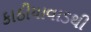
કાઠીયાવાડથી